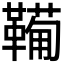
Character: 𩍁